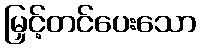
မြှင့်တင်ပေးသော